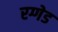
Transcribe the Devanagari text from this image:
रग्गेड